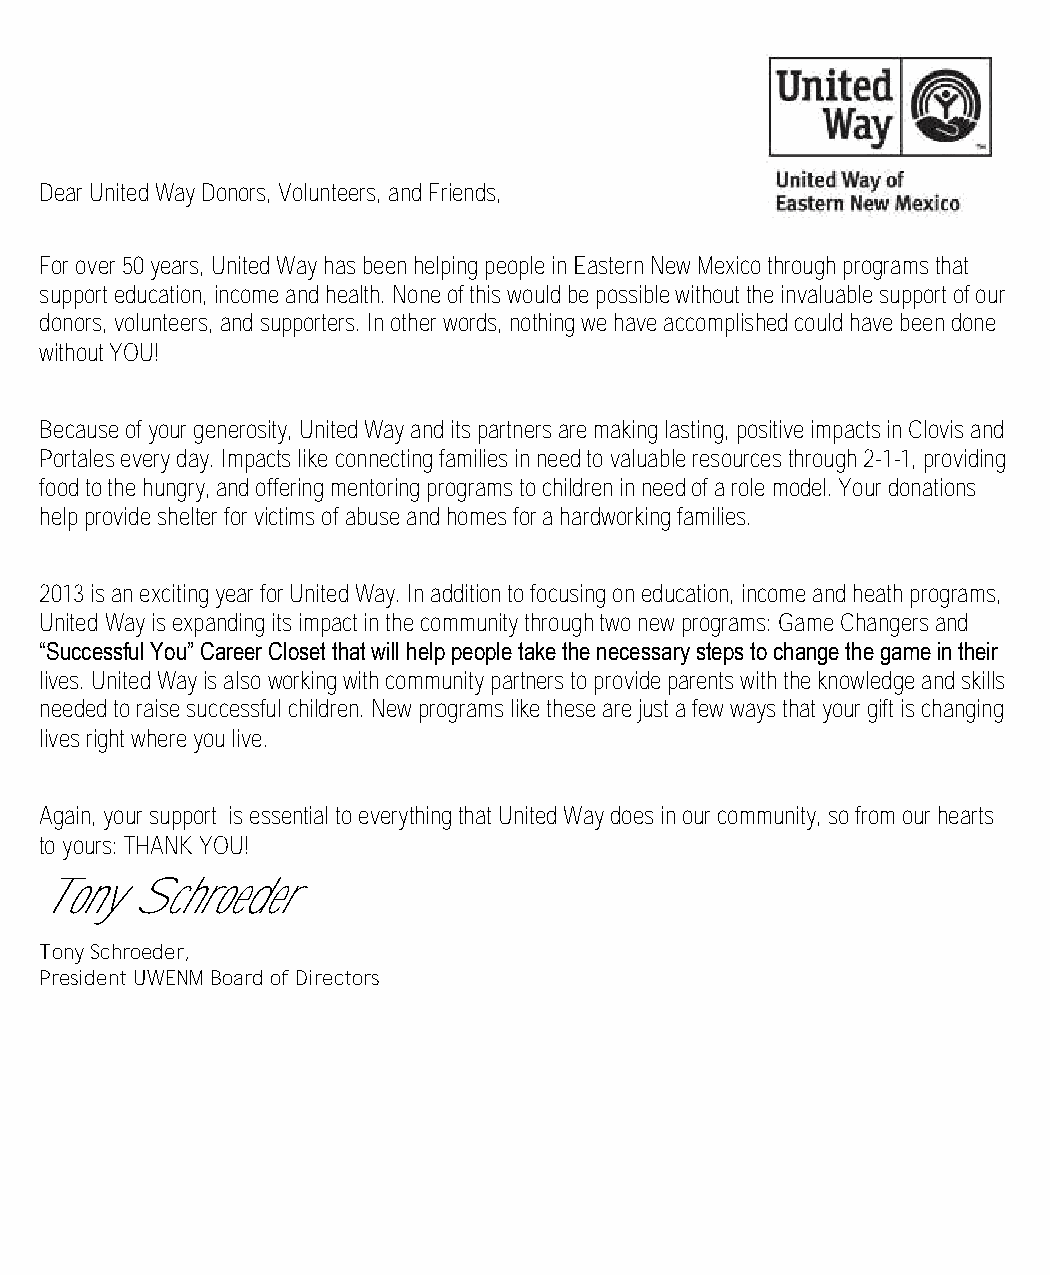
Dear United Way Donors, Volunteers, and Friends,
 For over 50 years, United Way has been helping people in Eastern New Mexico through programs that
 support education, income and health. None of this would be possible without the invaluable support of our
 donors, volunteers, and supporters. In other words, nothing we have accomplished could have been done
 without YOU!
 Because of your generosity, United Way and its partners are making lasting, positive impacts in Clovis and
 Portales every day. Impacts like connecting families in need to valuable resources through 2-1-1, providing
 food to the hungry, and offering mentoring programs to children in need of a role model. Your donations
 help provide shelter for victims of abuse and homes for a hardworking families.
 2013 is an exciting year for United Way. In addition to focusing on education, income and heath programs,
 United Way is expanding its impact in the community through two new programs: Game Changers and
 “Successful You” Career Closet that will help people take the necessary steps to change the game in their
 lives. United Way is also working with community partners to provide parents with the knowledge and skills
 needed to raise successful children. New programs like these are just a few ways that your gift is changing
 lives right where you live.
 Again, your support is essential to everything that United Way does in our community, so from our hearts
 to yours: THANK YOU!
 Tony  Schroeder
 Tony Schroeder,
 President UWENM Board of Directors